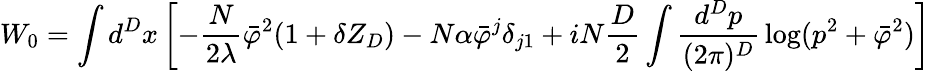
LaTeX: W_{0}=\int{d^{D}x}\left[-{\frac{N}{2\lambda}}\bar{\varphi}^{2}(1+\delta Z_{D})-N\alpha\bar{\varphi}^{j}\delta_{j1}+iN{\frac{D}{2}}\int{\frac{d^{D}p}{(2\pi)^{D}}}\log(p^{2}+\bar{\varphi}^{2})\right]